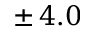
\pm \, 4 . 0